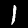
Label: 1